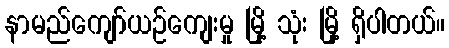
နာမည်ကျော်ယဉ်ကျေးမှု မြို့ သုံး မြို့ ရှိပါတယ်။